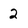
Character: 2